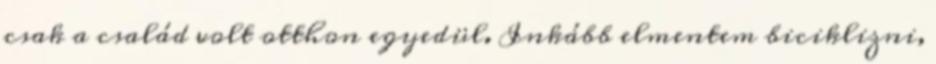
csak a család volt otthon egyedül. Inkább elmentem biciklizni,